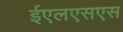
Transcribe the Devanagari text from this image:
ईएलएसएस